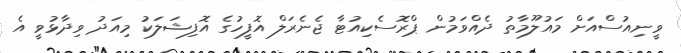
ވީނިއުސްއަށް މައުލޫމާތު ދެއްވަމުން ޕްރޮސެކިއުޓާ ޖެނެރަލް އޮފީހުގެ އޮފިޝަލަކު މިއަދު ވިދާޅުވީ އެ